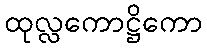
ထုလ္လကောဋ္ဌိကော